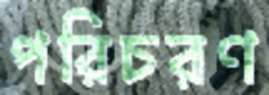
পরিচরণ